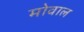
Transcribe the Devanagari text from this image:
मोवाल